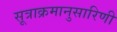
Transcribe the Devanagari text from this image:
सूत्राक्रमानुसारिणी